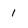
Character: 1